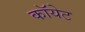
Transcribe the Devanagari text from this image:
कॉयेट